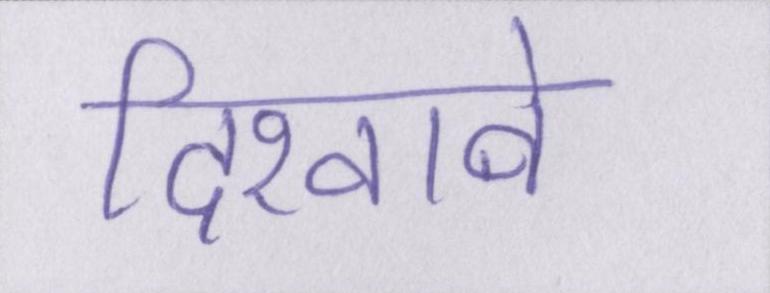
दिखावे